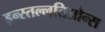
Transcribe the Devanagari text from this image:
इन्स्तल्लतिओन्स